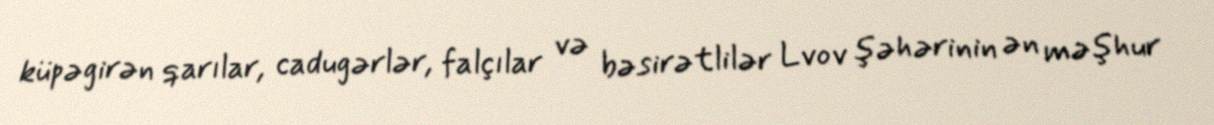
küpəgirən qarılar, cadugərlər, falçılar və bəsirətlilər Lvov şəhərinin ən məşhur